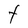
Character: t